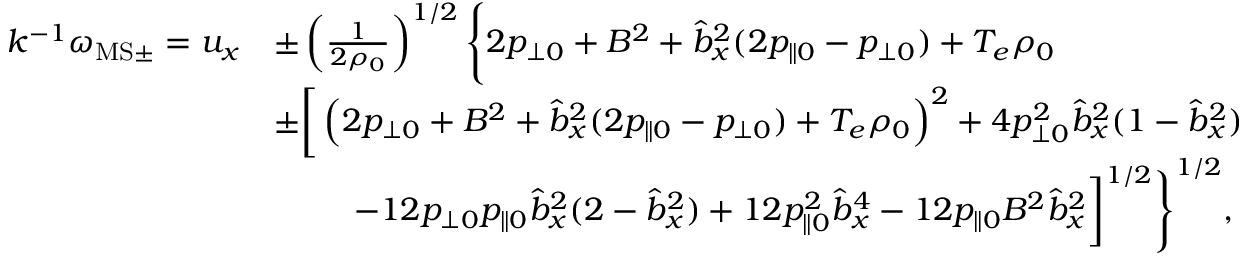
\begin{array} { r l } { k ^ { - 1 } \omega _ { \mathrm { M S } \pm } = u _ { x } } & { \pm \left( \frac { 1 } { 2 \rho _ { 0 } } \right) ^ { 1 / 2 } \Bigg \{ 2 p _ { \perp 0 } + B ^ { 2 } + \hat { b } _ { x } ^ { 2 } ( 2 p _ { \| 0 } - p _ { \perp 0 } ) + T _ { e } \rho _ { 0 } } \\ & { \pm \bigg [ \left( 2 p _ { \perp 0 } + B ^ { 2 } + \hat { b } _ { x } ^ { 2 } ( 2 p _ { \| 0 } - p _ { \perp 0 } ) + T _ { e } \rho _ { 0 } \right) ^ { 2 } + 4 p _ { \perp 0 } ^ { 2 } \hat { b } _ { x } ^ { 2 } ( 1 - \hat { b } _ { x } ^ { 2 } ) } \\ & { \qquad \: \: - 1 2 p _ { \perp 0 } p _ { \| 0 } \hat { b } _ { x } ^ { 2 } ( 2 - \hat { b } _ { x } ^ { 2 } ) + 1 2 p _ { \| 0 } ^ { 2 } \hat { b } _ { x } ^ { 4 } - 1 2 p _ { \| 0 } B ^ { 2 } \hat { b } _ { x } ^ { 2 } \bigg ] ^ { 1 / 2 } \Bigg \} ^ { 1 / 2 } , } \end{array}